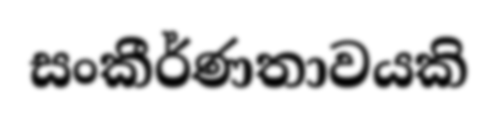
සංකීර්ණතාවයකි